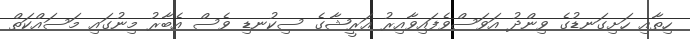
ހިތާއި ހަށިގަނޑުގެ ވިންދު އަވަސްވެފައިވާއިރު އަރީޝާގެ ސިކުނޑި ވެސް އެބާރު މިނުގައި މަސައްކަތް